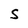
Character: S